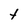
Character: t